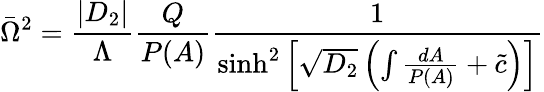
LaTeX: \bar{\Omega}^{2}=\frac{|D_{2}|}{\Lambda}\frac{Q}{P(A)}\frac{1}{\sinh^{2}\left[\sqrt{D_{2}}\left(\int\frac{dA}{P(A)}+\tilde{c}\right)\right]}